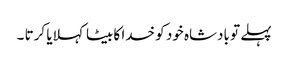
پہلے تو بادشاہ خود کو خدا کا بیٹا کہلایا کرتا ۔